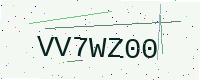
Text: VV7WZ00